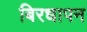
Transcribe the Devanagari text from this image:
बिरधापन